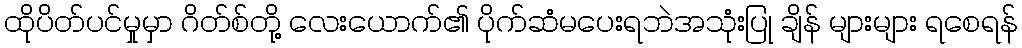
ထိုပိတ်ပင်မှုမှာ ဂိတ်စ်တို့ လေးယောက်၏ ပိုက်ဆံမပေးရဘဲအသုံးပြု ချိန် များများ ရစေရန်